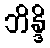
ဘိန္ဒိ